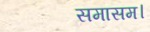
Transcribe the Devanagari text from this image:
समासम।